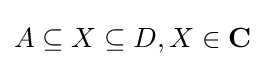
A\subseteq X\subseteq D,X\in \mathbf {C}